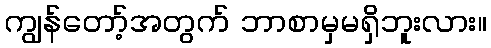
ကျွန်တော့်အတွက် ဘာစာမှမရှိဘူးလား။